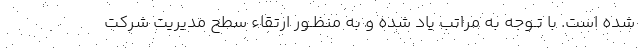
شده است. با تـوجه به مراتب یاد شده و به منظـور ارتقاء سطح مدیریت شرکت